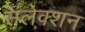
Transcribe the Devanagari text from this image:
संलेक्शन